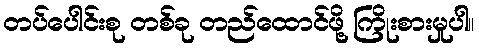
တပ်ပေါင်းစု တစ်ခု တည်ထောင်ဖို့ ကြိုးစားမှုပါ။